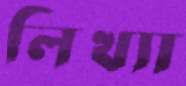
লিখ্যা